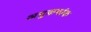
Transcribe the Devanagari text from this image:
अमुक्रमांक